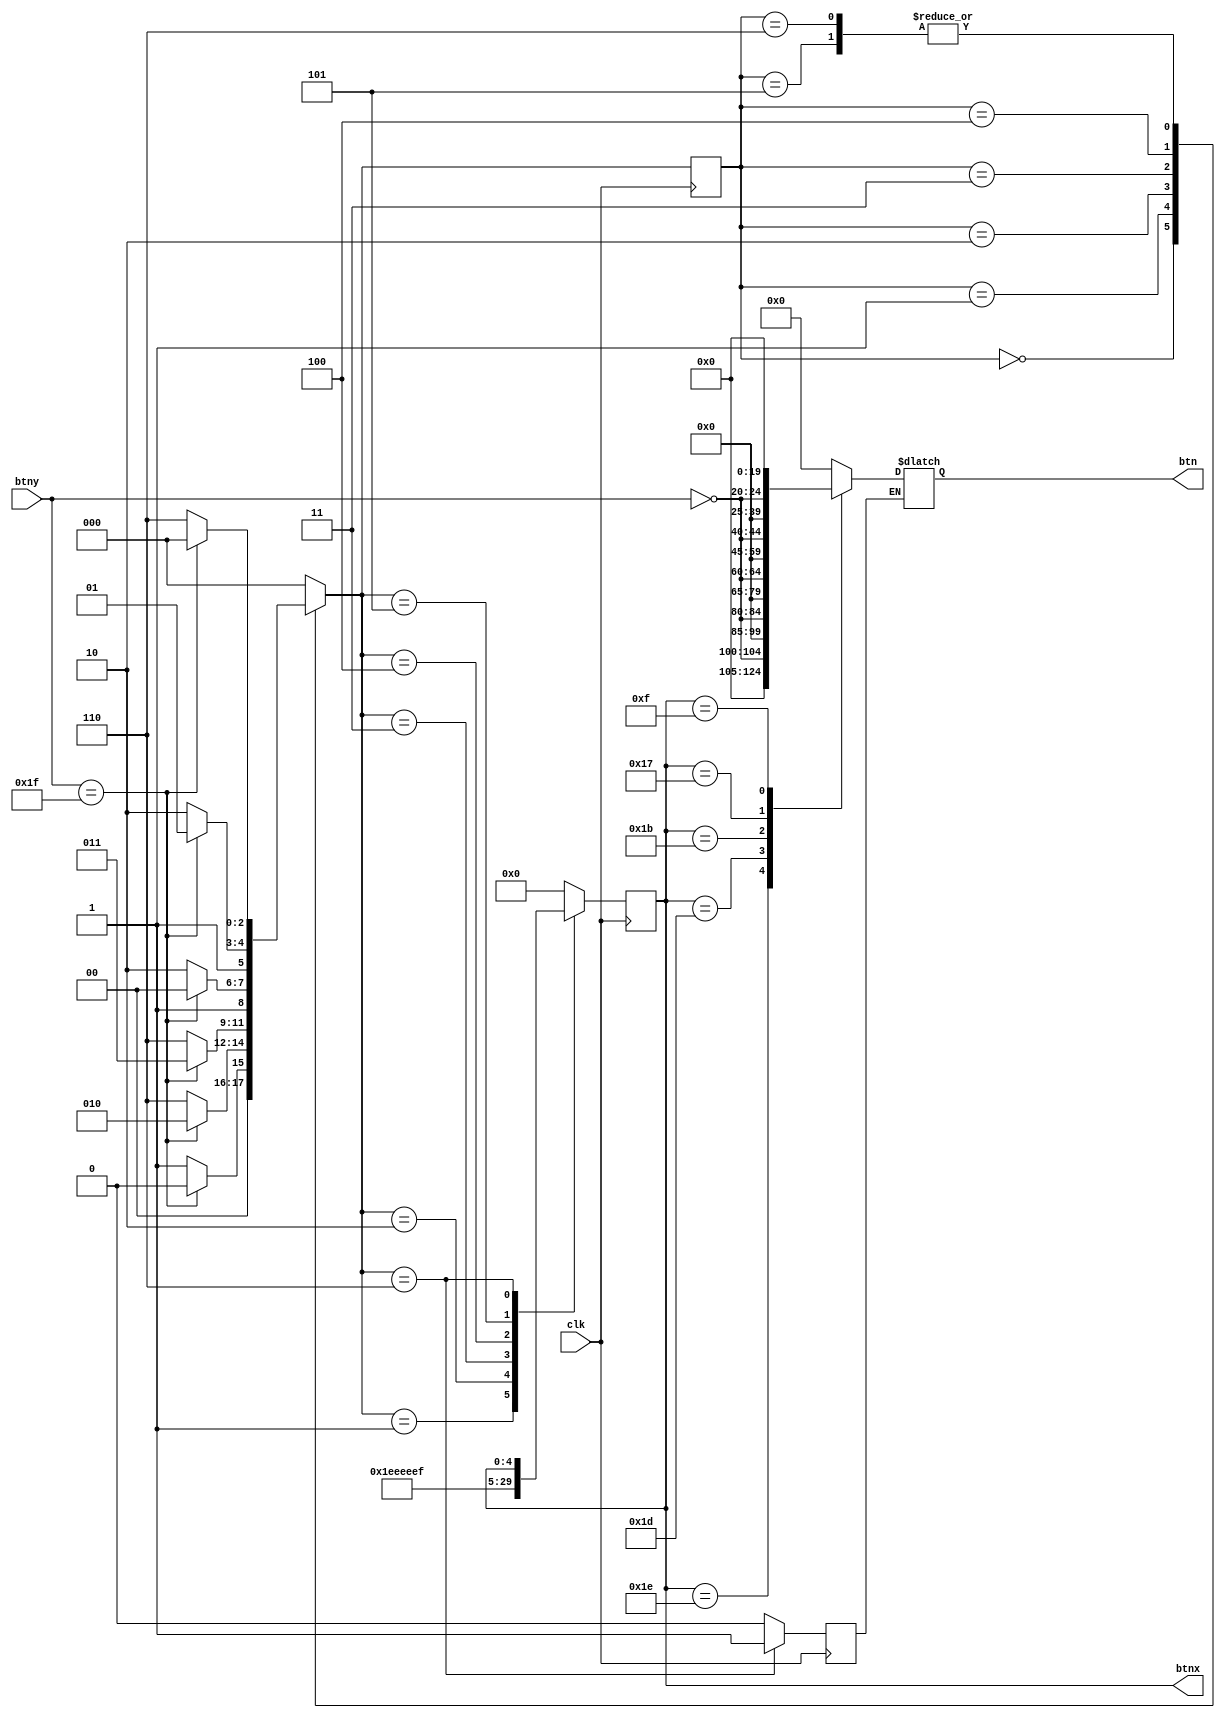

module button(
    input  wire        clk,
    input  wire [4 :0] btny,
    output reg  [4 :0] btnx,
    output reg  [24:0] btn
    );

    // state machine
    localparam IDLE = 3'b000;
    localparam SCAN_X0 = 3'b001;
    localparam SCAN_X1 = 3'b010;
    localparam SCAN_X2 = 3'b011;
    localparam SCAN_X3 = 3'b100;
    localparam SCAN_X4 = 3'b101;
    localparam DONE = 3'b110;
    
    reg [2:0] state;
    reg [2:0] state_next;
    always @ (posedge clk)
        state <= state_next;

    always @ (*)
        case (state)
            IDLE:    state_next <= (btny == 5'b11111) ? IDLE    : SCAN_X0;
            SCAN_X0: state_next <= (btny == 5'b11111) ? SCAN_X1 : DONE;
            SCAN_X1: state_next <= (btny == 5'b11111) ? SCAN_X2 : DONE;
            SCAN_X2: state_next <= (btny == 5'b11111) ? SCAN_X3 : DONE;
            SCAN_X3: state_next <= (btny == 5'b11111) ? SCAN_X4 : DONE;
            SCAN_X4: state_next <= (btny == 5'b11111) ? IDLE    : DONE;
            DONE:    state_next <= (btny == 5'b11111) ? IDLE    : DONE;
            default: state_next <= IDLE;
        endcase

    reg flag;
    always @ (posedge clk)
        case (state_next)
            IDLE:       begin flag <= 0; btnx <= 5'b00000; end
            SCAN_X0:    begin flag <= 0; btnx <= 5'b11110; end
            SCAN_X1:    begin flag <= 0; btnx <= 5'b11101; end
            SCAN_X2:    begin flag <= 0; btnx <= 5'b11011; end
            SCAN_X3:    begin flag <= 0; btnx <= 5'b10111; end
            SCAN_X4:    begin flag <= 0; btnx <= 5'b01111; end
            DONE:       begin flag <= 1; btnx <= btnx;     end 
            default:    begin flag <= 0; btnx <= 5'b00000; end
        endcase

    always @ (*)
        if (flag == 0)
            case (btnx)
                5'b11110: btn <= {20'b0, ~btny};
                5'b11101: btn <= {15'b0, ~btny, 5'b0};
                5'b11011: btn <= {10'b0, ~btny, 10'b0};
                5'b10111: btn <= {5'b0, ~btny, 15'b0};
                5'b01111: btn <= {~btny, 20'b0};
                default:  btn <= 25'b0;
            endcase
        else
            btn <= btn;

endmodule